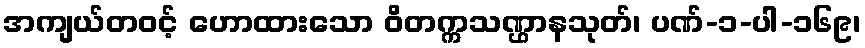
အကျယ်တဝင့် ဟောထားသော ဝိတက္ကသဏ္ဌာနသုတ်၊ ပဏ်-၁-ပါ-၁၆၉၊